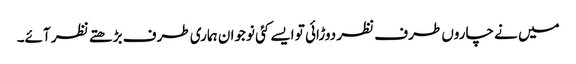
میں نے چاروں طرف نظر دوڑائی تو ایسے کئی نوجوان ہماری طرف بڑھتے نظر آئے۔